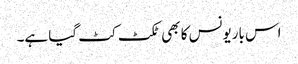
اس باریونس کا بھی ٹکٹ کٹ گیا ہے۔